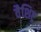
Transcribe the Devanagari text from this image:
वैशिष्ट्र